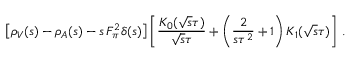
\left[ \rho _ { V } ( s ) - \rho _ { A } ( s ) - s \, F _ { \pi } ^ { 2 } \delta ( s ) \right] \left[ \frac { K _ { 0 } ( \sqrt { s } \tau ) } { \sqrt { s } \tau } + \left( \frac { 2 } { s \tau ^ { 2 } } + 1 \right) K _ { 1 } ( \sqrt { s } \tau ) \right] \, .